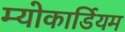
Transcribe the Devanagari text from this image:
म्योकार्डियम